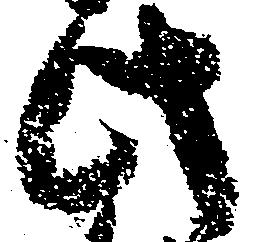
此